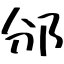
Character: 邠